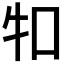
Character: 𤘘